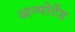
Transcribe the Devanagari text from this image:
अन्पोर्टेड